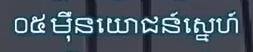
០៥ ម៉ឺនយោជន៍ស្នេហ៍